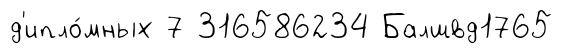
д'ипло́мных 7 316586234 Балшвд1765